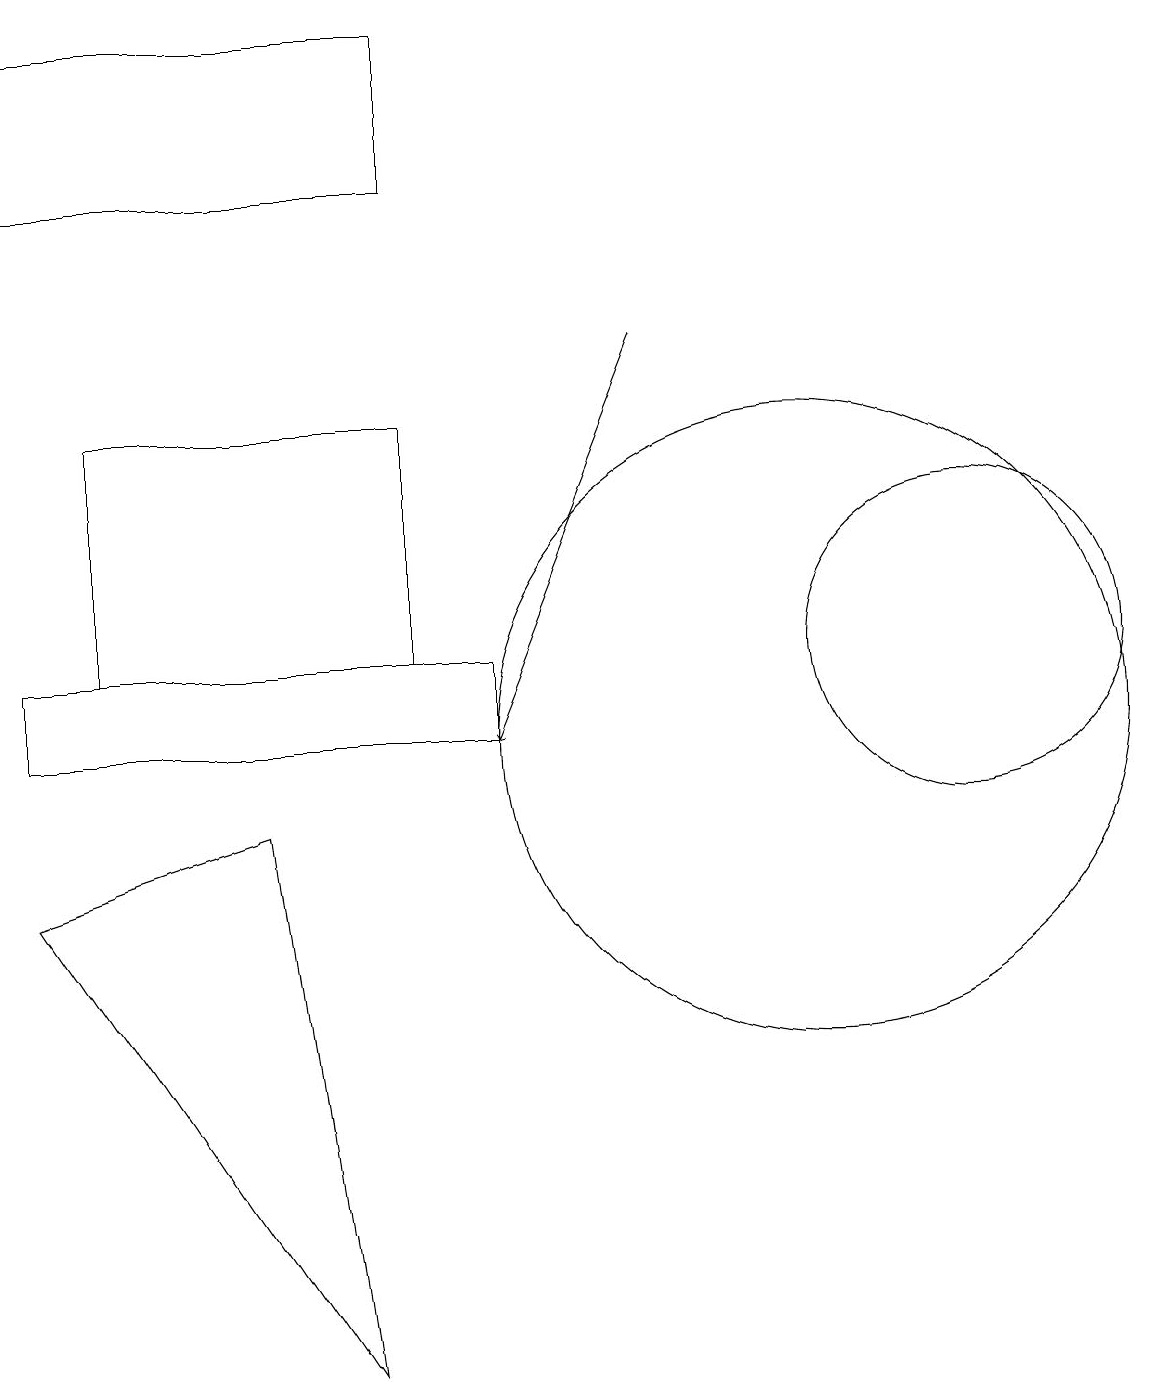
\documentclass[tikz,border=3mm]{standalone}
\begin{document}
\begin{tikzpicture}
\draw[->] (8,15) -- (6,10);
\draw (1,14) rectangle (5,11);
\draw (5,19) rectangle (0,17);
\draw (4,2) -- (0,8) -- (3,9) -- cycle;
\draw (10,10) circle (4);
\draw (12,11) circle (2);
\draw (0,10) rectangle (6,11);
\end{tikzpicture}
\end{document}